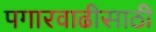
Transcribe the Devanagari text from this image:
पगारवाढीसाठी